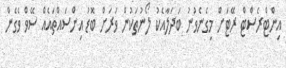
އިންޓްރެސްޓް ރޭޓަށް މިގެނެވުނު ބަދަލާއެކު ލޯނުތަކުން ވަރަށް ބޮޑު އިންސައްތައެއް ސޭވް ވެގެން